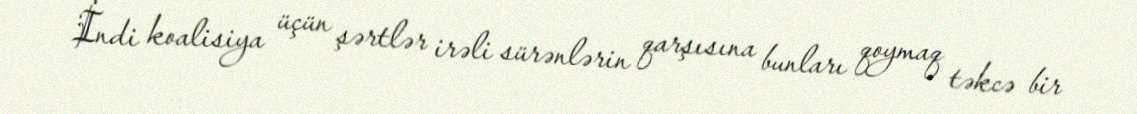
İndi koalisiya üçün şərtlər irəli sürənlərin qarşısına bunları qoymaq təkcə bir